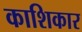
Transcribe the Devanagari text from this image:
काशिकार